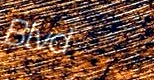
Blvd